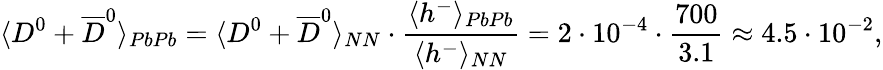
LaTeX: \langle D^{0}+\overline{{{D}}}^{0}\rangle_{PbPb}=\langle D^{0}+\overline{{{D}}}^{0}\rangle_{NN}\cdot\frac{\langle h^{-}\rangle_{PbPb}}{\langle h^{-}\rangle_{NN}}=2\cdot 10^{-4}\cdot\frac{700}{3.1}\approx 4.5\cdot 10^{-2},